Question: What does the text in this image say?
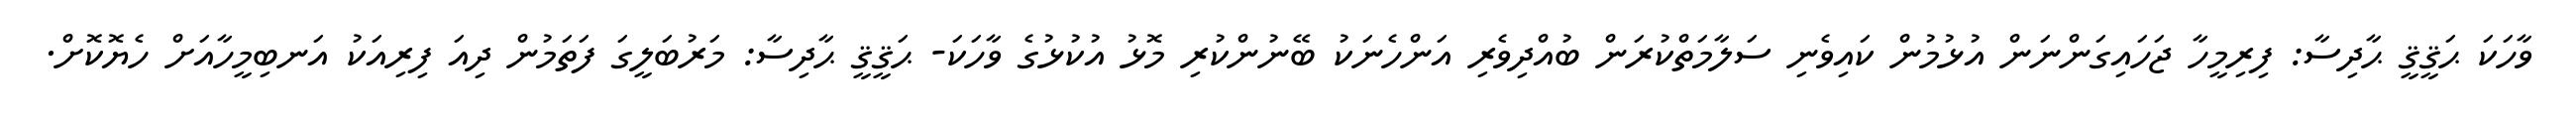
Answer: ވާހަކަ ޙަޤީޤީ ޙާދިސާ: ފިރިމީހާ ޖަހައިގަންނަން އުޅުމުން ކައިވެނި ސަލާމަތްކުރަން ބުއްދިވެރި އަންހެނަކު ބޭނުންކުރި މޮޅު އުކުޅުގެ ވާހަކަ- ޙަޤީޤީ ޙާދިސާ: މަރުބަލީގަ ފަތަމުން ދިއަ ފިރިއަކު އަނބިމީހާއަށް ހެޔޮކޮށް.